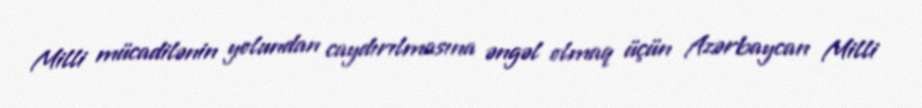
Milli mücadilənin yolundan caydırılmasına əngəl olmaq üçün Azərbaycan Milli